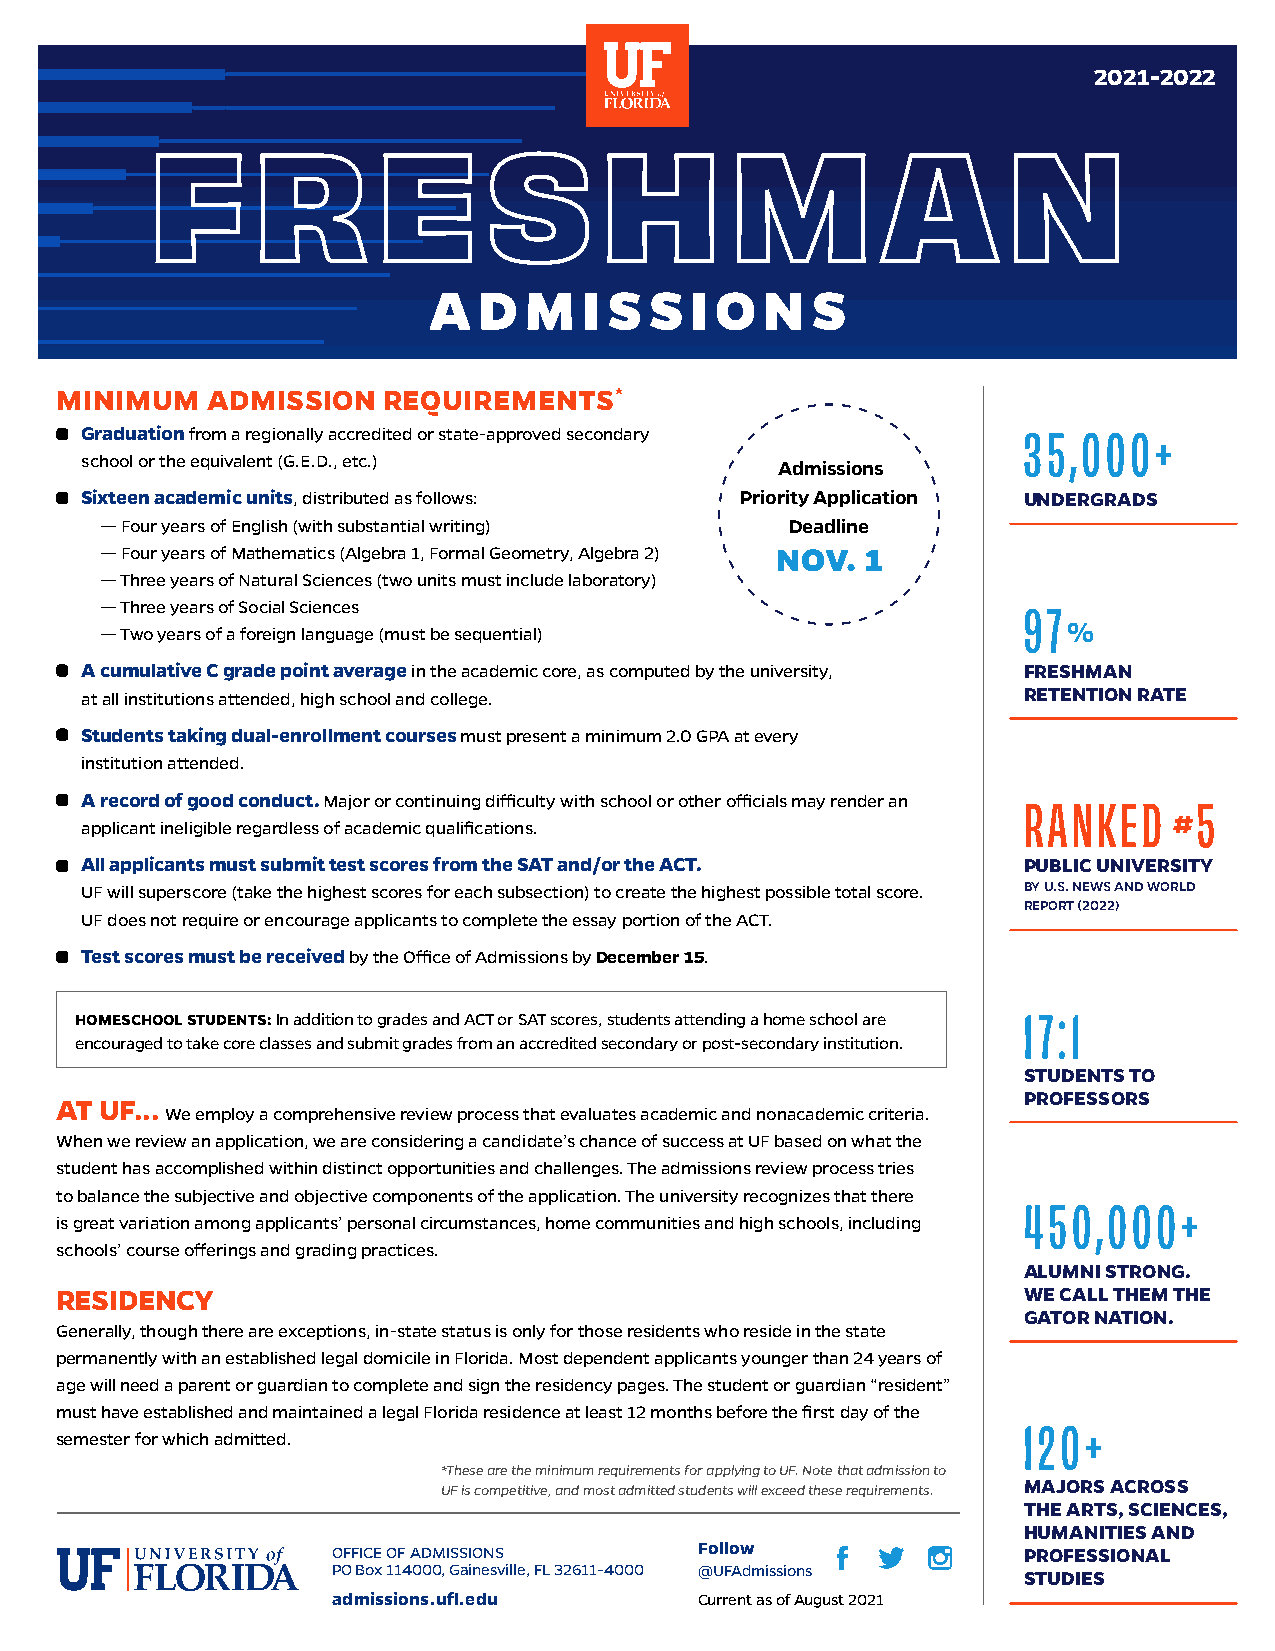
2021-2022
 F      R       E      S       H       M         A        N
 A   D  M   I S S  I O  N  S
 MINIMUM   ADMISSION  REQUIREMENTS*
 Graduation from a regionally accredited or state-approved secondary 35,000+
 school or the equivalent (G.E.D., etc.)
 Admissions
 Sixteen academic units, distributed as follows: Priority Application UNDERGRADS
 — Four years of English (with substantial writing) Deadline
 — Four years of Mathematics (Algebra 1, Formal Geometry, Algebra 2) NOV. 1
 — Three years of Natural Sciences (two units must include laboratory)
 — Three years of Social Sciences                             97
 %
 — Two years of a foreign language (must be sequential)
 A cumulative C grade point average in the academic core, as computed by the university, FRESHMAN
 at all institutions attended, high school and college.         RETENTION RATE
 Students taking dual-enrollment courses must present a minimum 2.0 GPA at every
 institution attended.
 A record of good conduct. Major or continuing difficulty with school or other officials may render an RANKED 5
 #
 applicant ineligible regardless of academic qualifications.
 All applicants must submit test scores from the SAT and/or the ACT. PUBLIC UNIVERSITY
 UF will superscore (take the highest scores for each subsection) to create the highest possible total score. BY U.S. NEWS AND WORLD
 REPORT (2022)
 UF does not require or encourage applicants to complete the essay portion of the ACT.
 Test scores must be received by the Office of Admissions by December 15.
 HOMESCHOOL STUDENTS: In addition to grades and ACT or SAT scores, students attending a home school are 17:1
 encouraged to take core classes and submit grades from an accredited secondary or post-secondary institution.
 STUDENTS TO
 PROFESSORS
 AT UF...
 We employ a comprehensive review process that evaluates academic and nonacademic criteria.
 When we review an application, we are considering a candidate’s chance of success at UF based on what the
 student has accomplished within distinct opportunities and challenges. The admissions review process tries
 to balance the subjective and objective components of the application. The university recognizes that there
 450,000+
 is great variation among applicants’ personal circumstances, home communities and high schools, including
 schools’ course offerings and grading practices.
 ALUMNI STRONG.
 RESIDENCY                                                       WE CALL THEM THE
 GATOR NATION.
 Generally, though there are exceptions, in-state status is only for those residents who reside in the state
 permanently with an established legal domicile in Florida. Most dependent applicants younger than 24 years of
 age will need a parent or guardian to complete and sign the residency pages. The student or guardian “resident”
 must have established and maintained a legal Florida residence at least 12 months before the first day of the
 120+
 semester for which admitted.
 *These are the minimum requirements for applying to UF. Note that admission to
 MAJORS ACROSS
 UF is competitive, and most admitted students will exceed these requirements.
 THE ARTS, SCIENCES,
 HUMANITIES AND
 Follow
 OFFICE OF ADMISSIONS                          PROFESSIONAL
 PO Box 114000, Gainesville, FL 32611-4000 @UFAdmissions STUDIES
 admissions.ufl.edu      Current as of August 2021